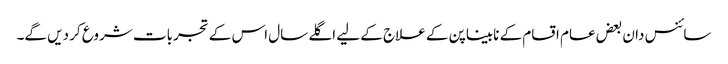
سائنس دان بعض عام اقسام کے نابیناپن کے علاج کے لیے اگلے سال اس کے تجربات شروع کر دیں گے۔